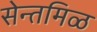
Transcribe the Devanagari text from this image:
सेन्तमिळ